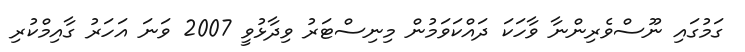
ގަމުގައި ނޫސްވެރިންނާ ވާހަކަ ދައްކަވަމުން މިނިސްޓަރު ވިދާޅުވީ 2007 ވަނަ އަހަރު ގާއިމްކުރި